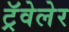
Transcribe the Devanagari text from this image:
ट्रॅवेलेर